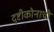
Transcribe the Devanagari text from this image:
दृष्टीकोनाची